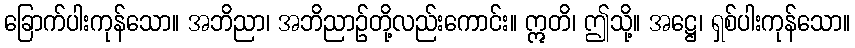
ခြောက်ပါးကုန်သော။ အဘိညာ၊ အဘိညာဉ်တို့လည်းကောင်း။ ဣတိ၊ ဤသို့။ အဋ္ဌေ၊ ရှစ်ပါးကုန်သော။